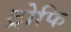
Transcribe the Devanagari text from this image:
ट्रोफि